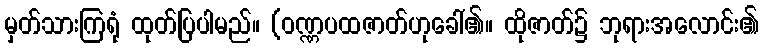
မှတ်သားကြရုံ ထုတ်ပြပါမည်။ (ဝဏ္ဏပထဇာတ်ဟုခေါ်၏။ ထိုဇာတ်၌ ဘုရားအလောင်း၏